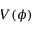
V ( \phi )